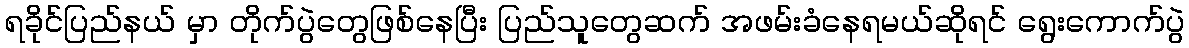
ရခိုင်ပြည်နယ် မှာ တိုက်ပွဲတွေဖြစ်နေပြီး ပြည်သူတွေဆက် အဖမ်းခံနေရမယ်ဆိုရင် ရွေးကောက်ပွဲ